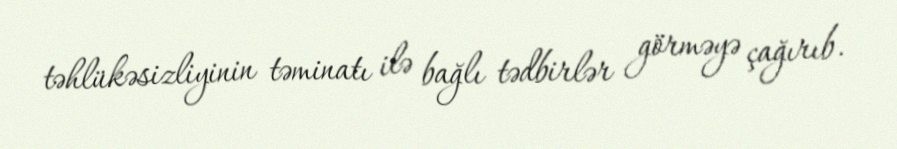
təhlükəsizliyinin təminatı ilə bağlı tədbirlər görməyə çağırıb.